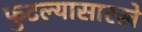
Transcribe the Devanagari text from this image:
फुटल्यासारखे